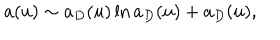
LaTeX: a ( u ) \sim a _ { D } ( u ) \ln a _ { D } ( u ) + a _ { D } ( u ) ,